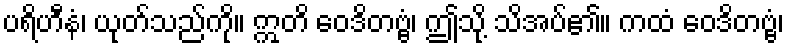
ပရိဟီနံ၊ ယုတ်သည်ကို။ ဣတိ ဝေဒိတဗ္ဗံ၊ ဤသို့ သိအပ်၏။ ကထံ ဝေဒိတဗ္ဗံ၊